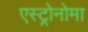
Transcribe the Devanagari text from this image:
एस्ट्रोनोमा